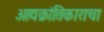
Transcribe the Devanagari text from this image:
आद्यक्रांतिकाराचा